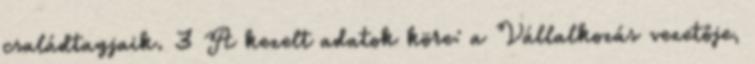
családtagjaik. 3 A kezelt adatok köre: a Vállalkozás vezetője,